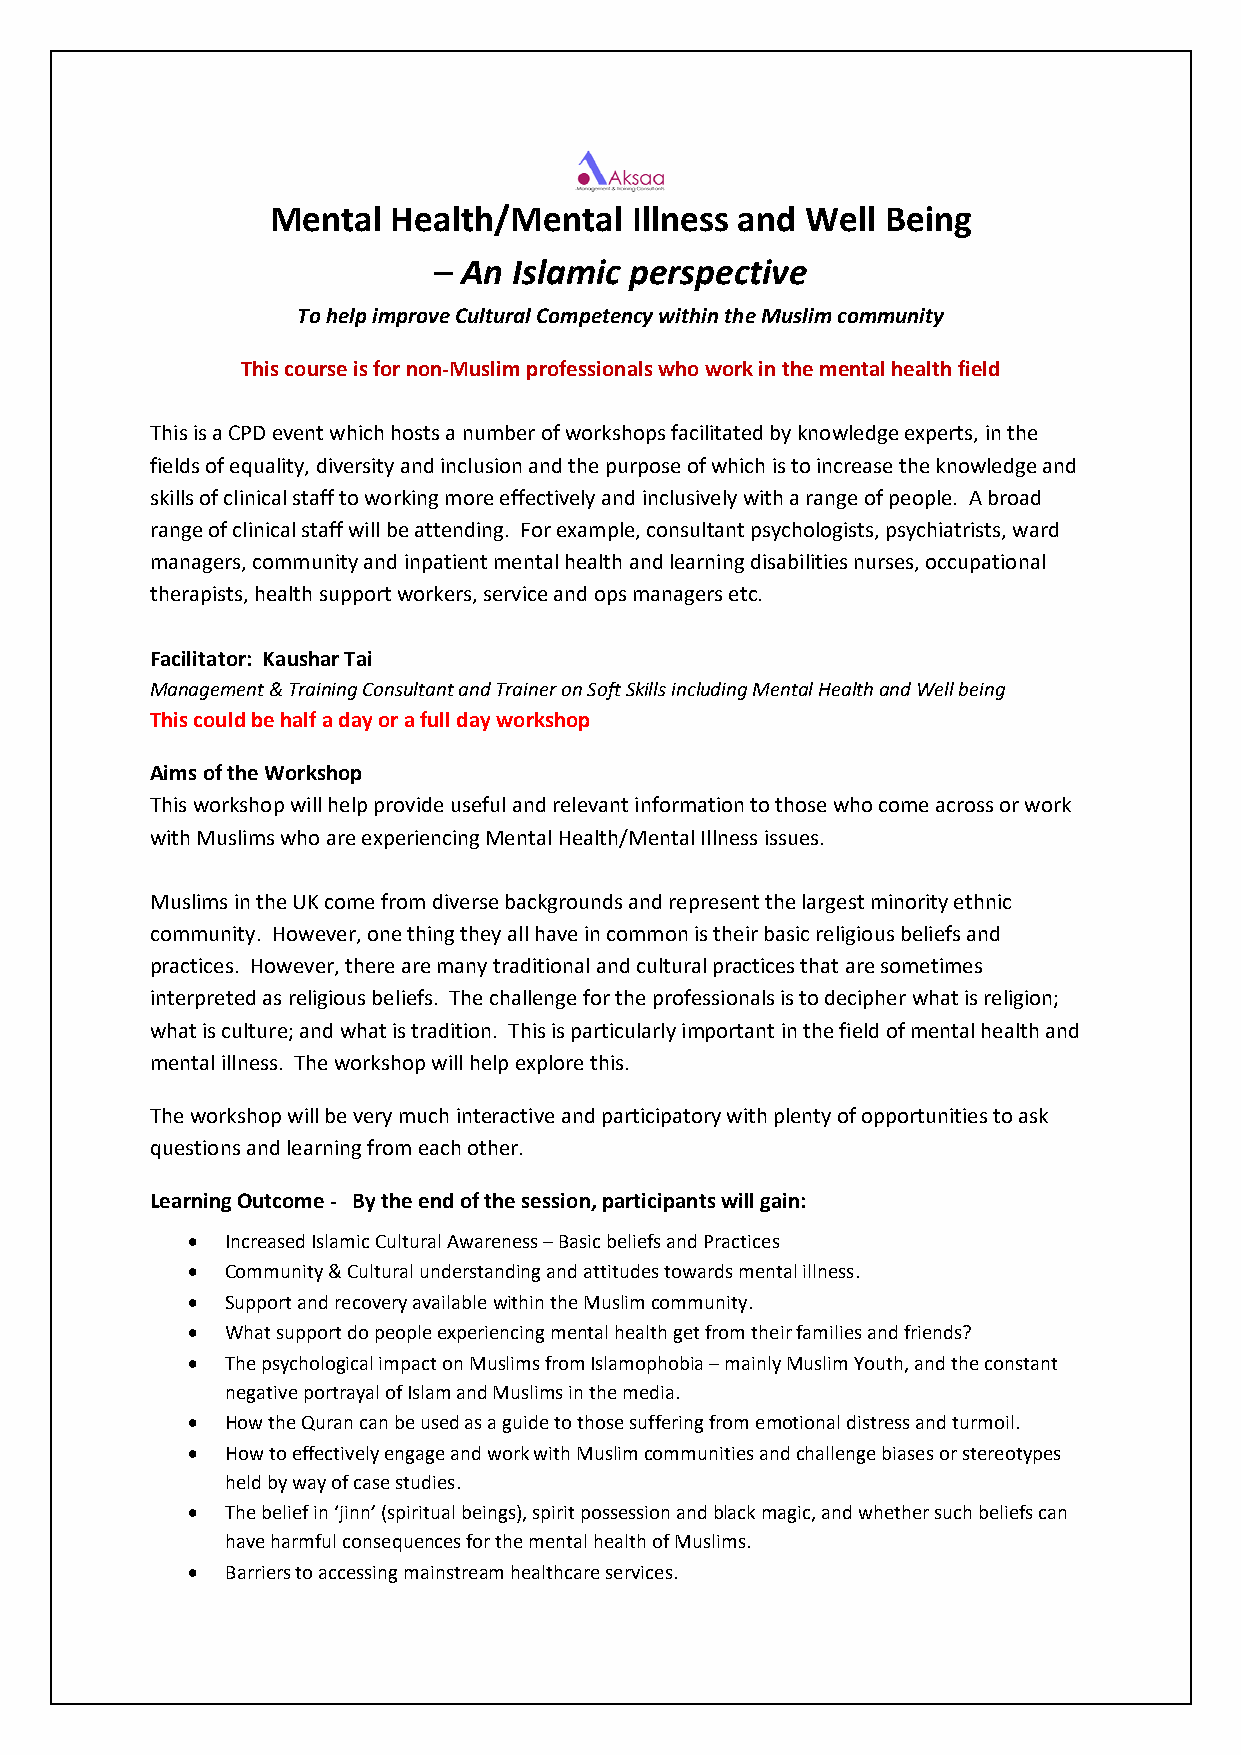
Mental  Health/Mental   Illness and Well Being
 – An Islamic perspective
 To help improve Cultural Competency within the Muslim community
 This course is for non‐Muslim professionals who work in the mental health field
 This is a CPD event which hosts a number of workshops facilitated by knowledge experts, in the
 fields of equality, diversity and inclusion and the purpose of which is to increase the knowledge and
 skills of clinical staff to working more effectively and inclusively with a range of people. A broad
 range of clinical staff will be attending. For example, consultant psychologists, psychiatrists, ward
 managers, community and inpatient mental health and learning disabilities nurses, occupational
 therapists, health support workers, service and ops managers etc.
 Facilitator: Kaushar Tai
 Management & Training Consultant and Trainer on Soft Skills including Mental Health and Well being
 This could be half a day or a full day workshop
 Aims of the Workshop
 This workshop will help provide useful and relevant information to those who come across or work
 with Muslims who are experiencing Mental Health/Mental Illness issues.
 Muslims in the UK come from diverse backgrounds and represent the largest minority ethnic
 community. However, one thing they all have in common is their basic religious beliefs and
 practices. However, there are many traditional and cultural practices that are sometimes
 interpreted as religious beliefs. The challenge for the professionals is to decipher what is religion;
 what is culture; and what is tradition. This is particularly important in the field of mental health and
 mental illness. The workshop will help explore this.
 The workshop will be very much interactive and participatory with plenty of opportunities to ask
 questions and learning from each other.
 Learning Outcome ‐ By the end of the session, participants will gain:
   Increased Islamic Cultural Awareness – Basic beliefs and Practices
   Community & Cultural understanding and attitudes towards mental illness.
   Support and recovery available within the Muslim community.
   What support do people experiencing mental health get from their families and friends?
   The psychological impact on Muslims from Islamophobia – mainly Muslim Youth, and the constant
 negative portrayal of Islam and Muslims in the media.
   How the Quran can be used as a guide to those suffering from emotional distress and turmoil.
   How to effectively engage and work with Muslim communities and challenge biases or stereotypes
 held by way of case studies.
   The belief in ‘jinn’ (spiritual beings), spirit possession and black magic, and whether such beliefs can
 have harmful consequences for the mental health of Muslims.
   Barriers to accessing mainstream healthcare services.